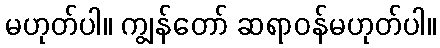
မဟုတ်ပါ။ ကျွန်တော် ဆရာဝန်မဟုတ်ပါ။